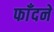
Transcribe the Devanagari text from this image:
फाँदने